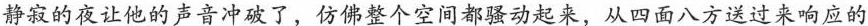
静寂的夜让他的声音冲破了。仿佛整个空间都骚动起来，从四面八方送过来响应的